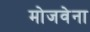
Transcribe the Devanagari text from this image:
मोजवेना